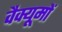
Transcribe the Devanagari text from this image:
वैक्यूमों